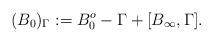
LaTeX: \begin{align*}(B_{0})_{\Gamma }:= B^{o}_{0}-\Gamma +[B_{\infty}, \Gamma ].\end{align*}